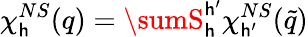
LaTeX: \chi_{\mathsf{h}}^{NS}(q)=\sumS_{\mathsf{h}}^{\mathsf{h}^{\prime}}\chi_{\mathsf{h}^{\prime}}^{NS}(\tilde{{q}})